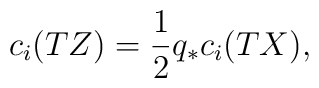
c_{i}(TZ) = \frac{1}{2}q_{*}c_{i}(TX) ,